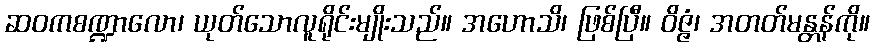
ဆဝကစဏ္ဍာလော၊ ယုတ်သောလူရိုင်းမျိုးသည်။ အဟောသိ၊ ဖြစ်ပြီ။ ဝိဇ္ဇံ၊ အတတ်မန္တန်ကို။